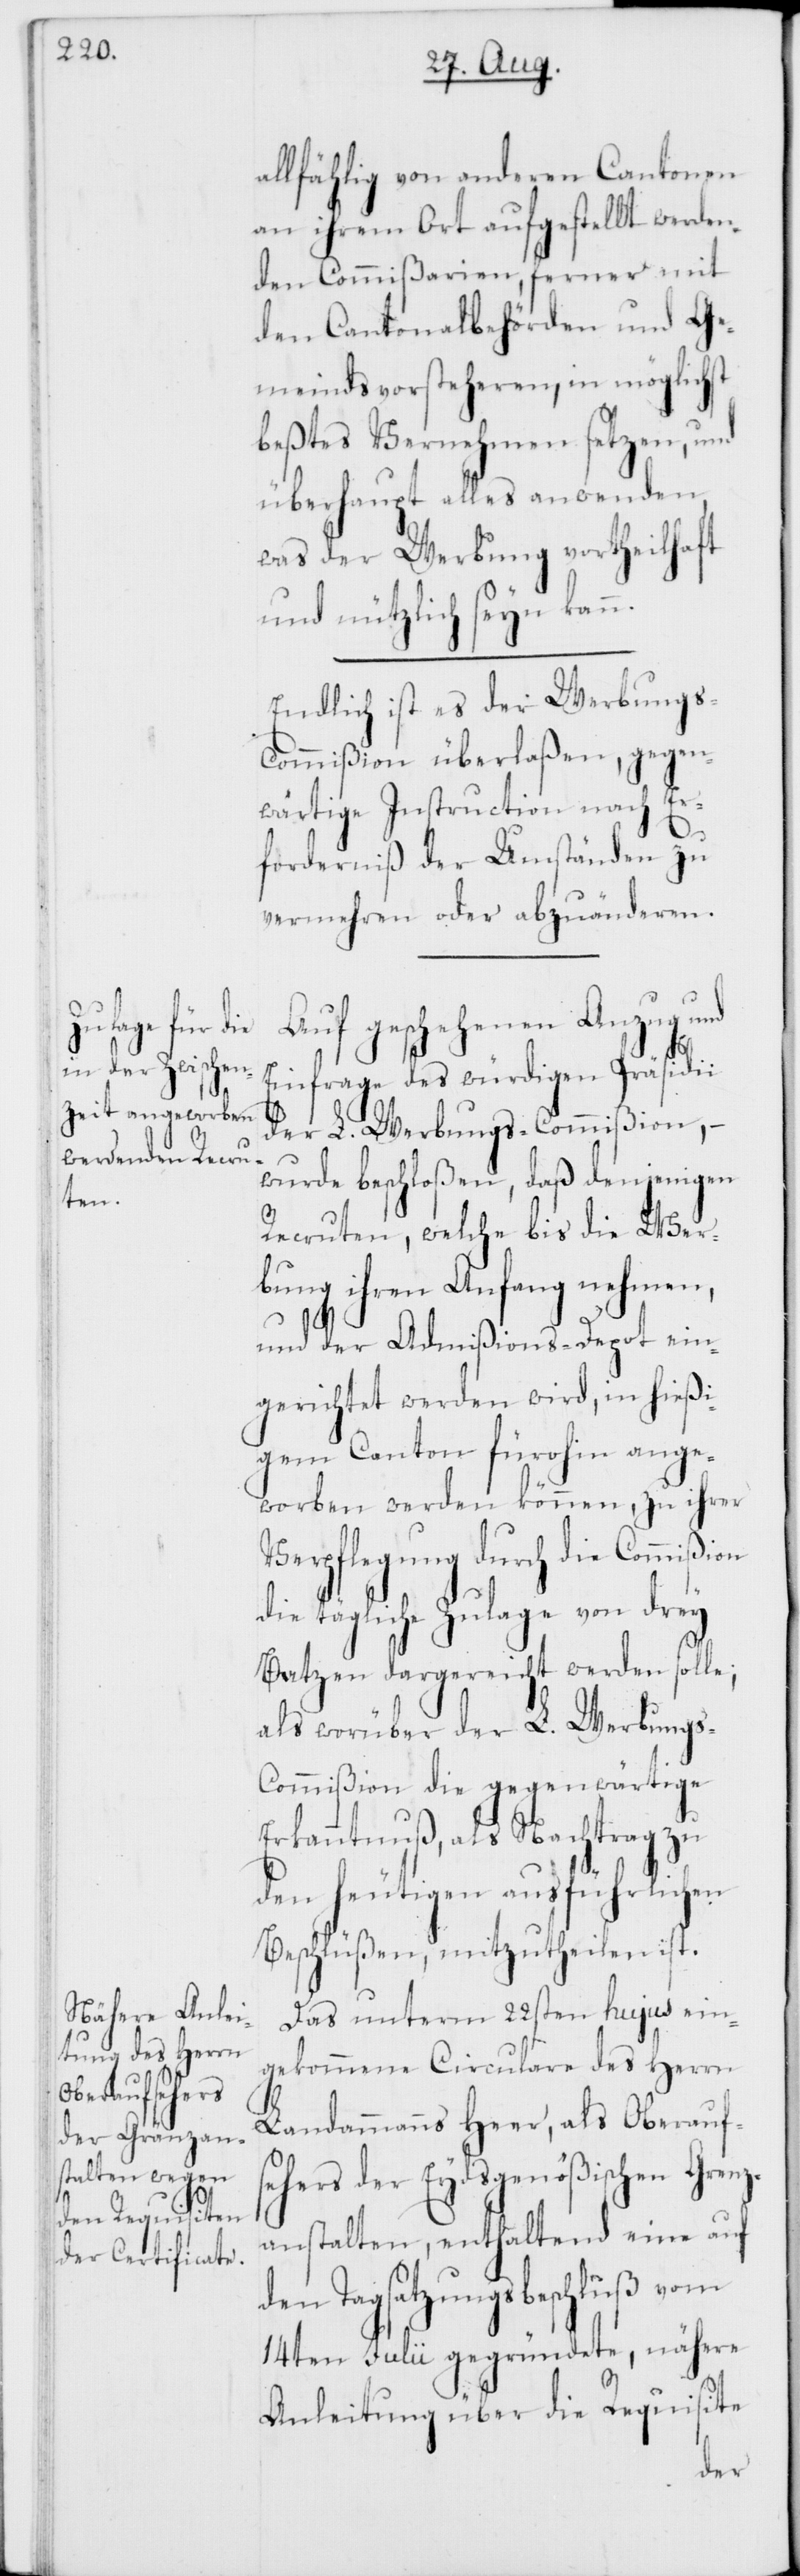
allfählig von anderen Cantonen
an ihrem Ort aufgestellt werden¬
den Commißarien, ferner mit
den Cantonalbehörden und Ge¬
meindsvorsteheren, in möglichst
bestes Vernehmen setzen, und
überhaupt alles anwenden,
was der Werbung vortheilhaft
und nützlich seyn kann.
Endlich ist es der Werbungs¬
commißion überlaßen, gegen¬
wärtige Instruction nach Er¬
forderniß der Umständen zu
vermehren oder abzuänderen.
Auf geschehenen Anzug und
Einfrage des würdigen Präsidi¬
der L. Werbungs-Commißion, –
wurde beschloßen, daß denjenigen
Recruten, welche bis die Wer¬
bung ihren Anfang nehmen,
und der Admißions-Depot ein¬
gerichtet werden wird, im hießi¬
gen Canton fürohin ange¬
worben werden können, zu ihrer
Verpflegung durch die Commißion
ie tägliche Zulage von drey
Batzen dargereicht werden solle;
als worüber der L. Werbung¬
s-Commißion die gegenwärtige
Erkanntnuß, als Nachtrag zu
den heutigen ausführlichen
Beschlüßen, mitzutheilen ist.
Das unterm 22sten hujus ein¬
gekommene Circulare des Herrn
d¬
Landammanns Heer, als Oberaufs¬
eher der Eydsgenößischen Grenz¬
anstalten, enthaltend eine auf
den Tagsatzungsbeschluß vom
14ten Julii gegründete, nähere
Anleitung über die Requisite